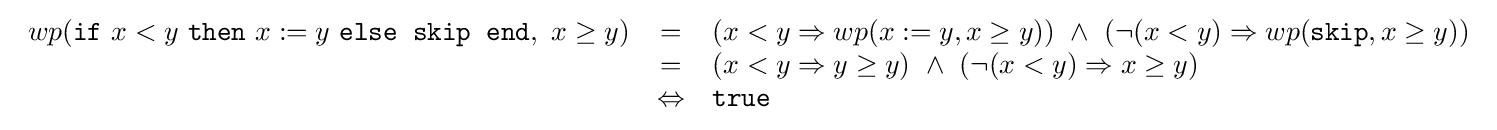
{\begin{array}{rcl}wp({\texttt {if}}\ x<y\ {\texttt {then}}\ x:=y\ {\texttt {else}}\;\;{\texttt {skip}}\;\;{\texttt {end}},\ x\geq y)&=&(x<y\Rightarrow wp(x:=y,x\geq y))\ \wedge \ (\neg (x<y)\Rightarrow wp({\texttt {skip}},x\geq y))\\&=&(x<y\Rightarrow y\geq y)\ \wedge \ (\neg (x<y)\Rightarrow x\geq y)\\&\Leftrightarrow &{\texttt {true}}\end{array}}